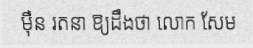
ម៉ឺន រតនា ឱ្យដឹងថា លោក សែម